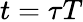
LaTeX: t=\tau T